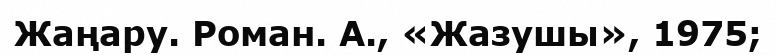
Жаңару. Роман. А., «Жазушы», 1975;